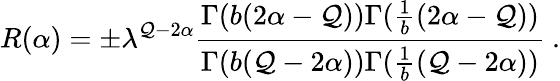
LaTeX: R(\alpha)=\pm\lambda^{\mathcal{Q}-2\alpha}{\frac{{\Gamma(b(2\alpha-\mathcal{Q}))\Gamma({\frac{{1}}{{b}}}(2\alpha-\mathcal{Q}))}}{{\Gamma(b(\mathcal{Q}-2\alpha))\Gamma({\frac{{1}}{{b}}}(\mathcal{Q}-2\alpha))}}}\ .